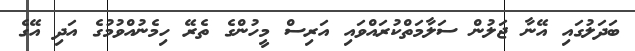
ބަދަލުގައި އޭނާ ޖަލުން ސަލާމަތްކުރައްވައި އަރިސް މީހުންގެ ތެރޭ ހިމެނުއްވުމުގެ އަދި އޭގެ